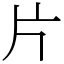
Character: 片